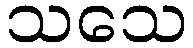
သသေ